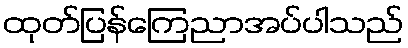
ထုတ်ပြန်ကြေညာအပ်ပါသည်